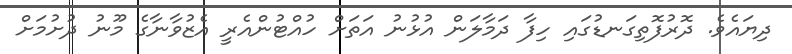
ދިޔައެވެ. ދޮރުފޮތިގަނޑުގައި ހިފާ ދަމާލަން އުޅުނު އަތަށް ހުއްޓުންއެރީ އެޒުވާނާގެ މޫނު ދުށުމަށް